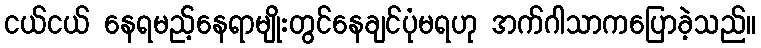
ငယ်ငယ် နေရမည့်နေရာမျိုးတွင်နေချင်ပုံမရဟု အက်ဂါသာကပြောခဲ့သည်။